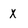
Character: x